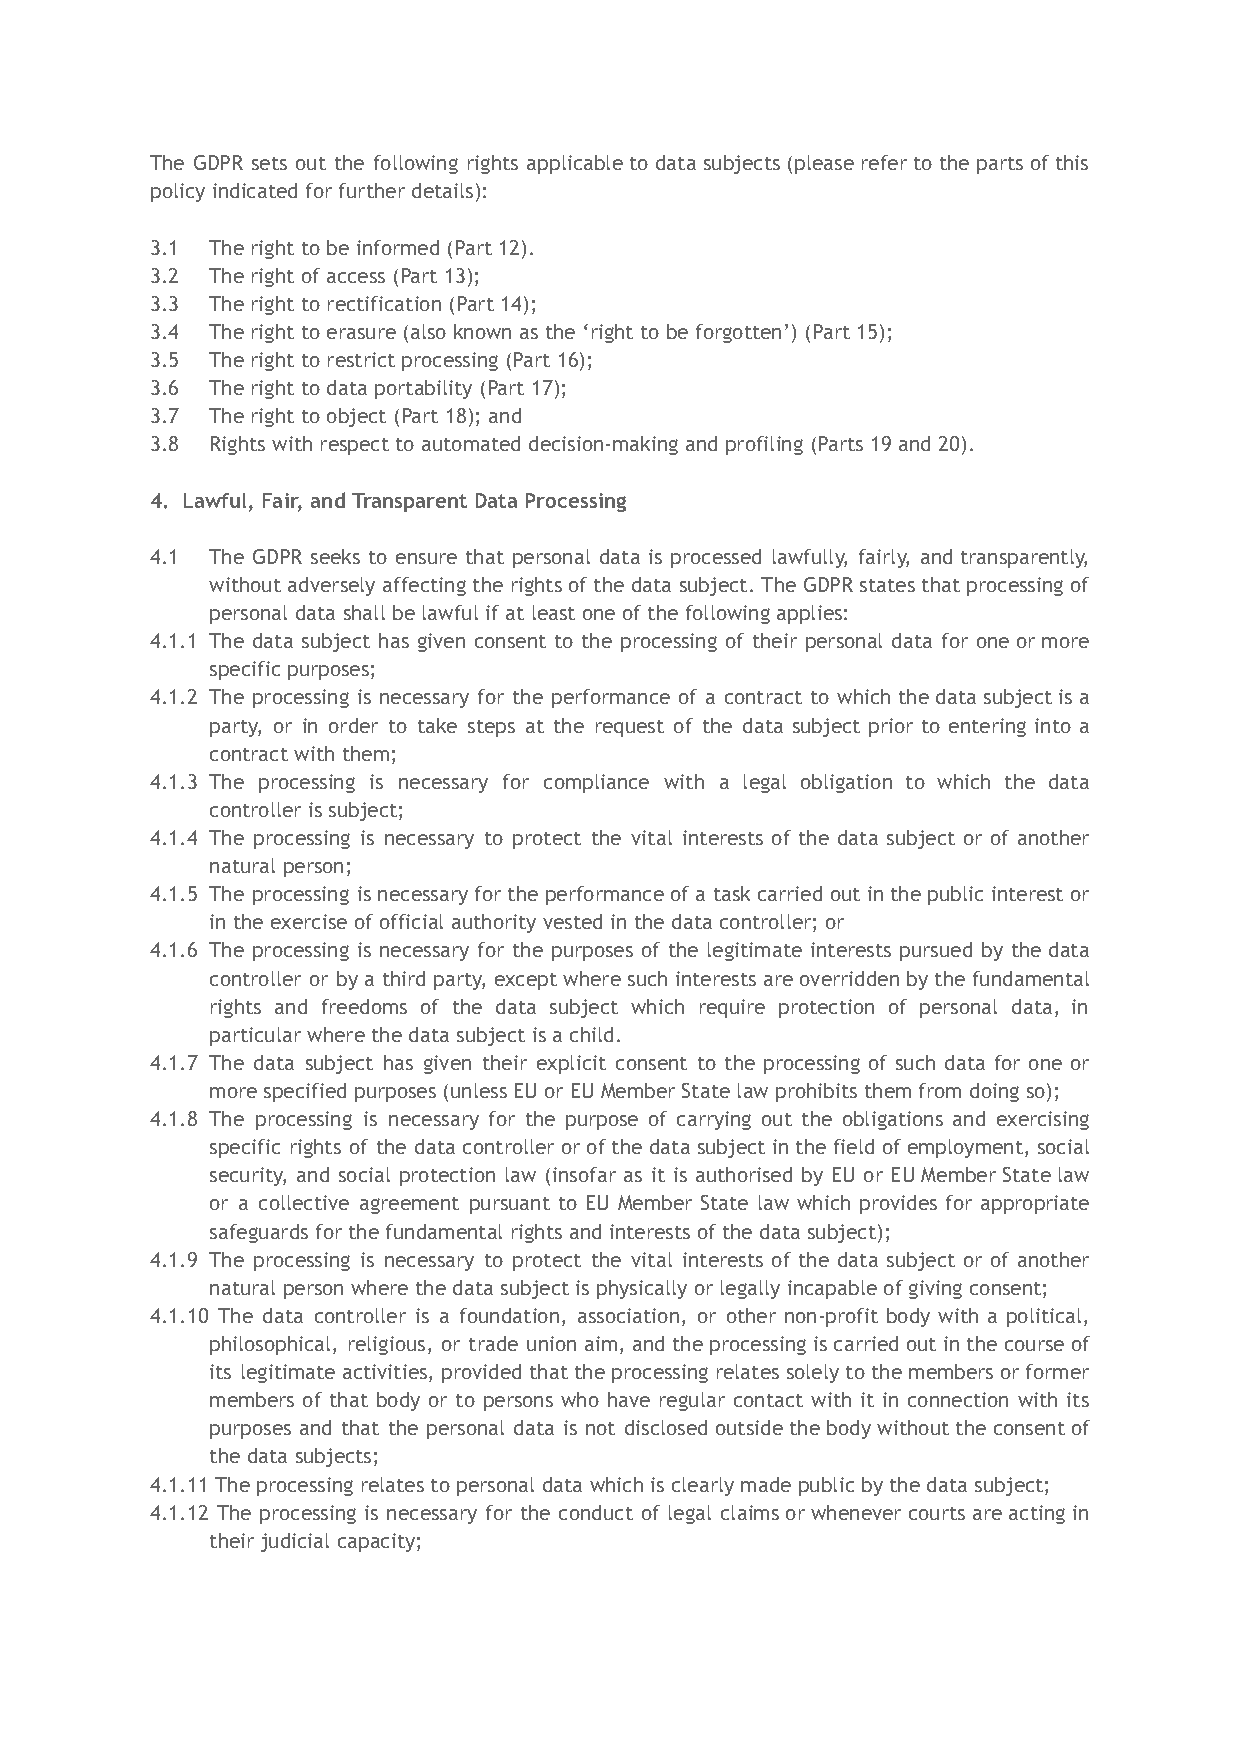
The GDPR sets out the following rights applicable to data subjects (please refer to the parts of this
 policy indicated for further details):
 3.1 The right to be informed (Part 12).
 3.2 The right of access (Part 13);
 3.3 The right to rectification (Part 14);
 3.4 The right to erasure (also known as the ‘right to be forgotten’) (Part 15);
 3.5 The right to restrict processing (Part 16);
 3.6 The right to data portability (Part 17);
 3.7 The right to object (Part 18); and
 3.8 Rights with respect to automated decision-making and profiling (Parts 19 and 20).
 4. Lawful, Fair, and Transparent Data Processing
 4.1 The GDPR seeks to ensure that personal data is processed lawfully, fairly, and transparently,
 without adversely affecting the rights of the data subject. The GDPR states that processing of
 personal data shall be lawful if at least one of the following applies:
 4.1.1 The data subject has given consent to the processing of their personal data for one or more
 specific purposes;
 4.1.2 The processing is necessary for the performance of a contract to which the data subject is a
 party, or in order to take steps at the request of the data subject prior to entering into a
 contract with them;
 4.1.3 The processing is necessary for compliance with a legal obligation to which the data
 controller is subject;
 4.1.4 The processing is necessary to protect the vital interests of the data subject or of another
 natural person;
 4.1.5 The processing is necessary for the performance of a task carried out in the public interest or
 in the exercise of official authority vested in the data controller; or
 4.1.6 The processing is necessary for the purposes of the legitimate interests pursued by the data
 controller or by a third party, except where such interests are overridden by the fundamental
 rights and freedoms of the data subject which require protection of personal data, in
 particular where the data subject is a child.
 4.1.7 The data subject has given their explicit consent to the processing of such data for one or
 more specified purposes (unless EU or EU Member State law prohibits them from doing so);
 4.1.8 The processing is necessary for the purpose of carrying out the obligations and exercising
 specific rights of the data controller or of the data subject in the field of employment, social
 security, and social protection law (insofar as it is authorised by EU or EU Member State law
 or a collective agreement pursuant to EU Member State law which provides for appropriate
 safeguards for the fundamental rights and interests of the data subject);
 4.1.9 The processing is necessary to protect the vital interests of the data subject or of another
 natural person where the data subject is physically or legally incapable of giving consent;
 4.1.10 The data controller is a foundation, association, or other non-profit body with a political,
 philosophical, religious, or trade union aim, and the processing is carried out in the course of
 its legitimate activities, provided that the processing relates solely to the members or former
 members of that body or to persons who have regular contact with it in connection with its
 purposes and that the personal data is not disclosed outside the body without the consent of
 the data subjects;
 4.1.11 The processing relates to personal data which is clearly made public by the data subject;
 4.1.12 The processing is necessary for the conduct of legal claims or whenever courts are acting in
 their judicial capacity;